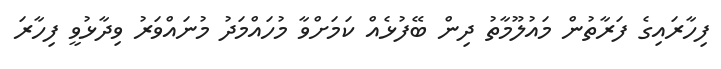
ފިހާރައިގެ ފަރާތުން މައުލޫމާތު ދިން ބޭފުޅެއް ކަމަށްވާ މުހައްމަދު މުނައްވަރު ވިދާޅުވީ ފިހާރަ